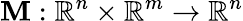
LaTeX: \mathbf{M}:\mathbb{{R}}^{n}\times\mathbb{{R}}^{m}\rightarrow\mathbb{{R}}^{n}